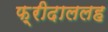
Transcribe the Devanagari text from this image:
फ़्रीदाललह